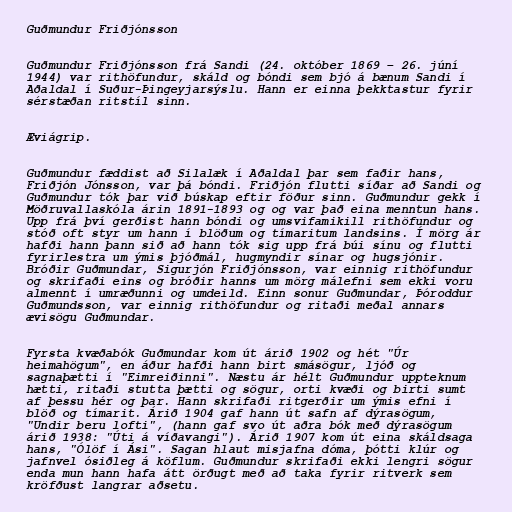
Guðmundur Friðjónsson

Guðmundur Friðjónsson frá Sandi (24. október 1869 – 26. júní
1944) var rithöfundur, skáld og bóndi sem bjó á bænum Sandi í
Aðaldal í Suður-Þingeyjarsýslu. Hann er einna þekktastur fyrir
sérstæðan ritstíl sinn.

Æviágrip.

Guðmundur fæddist að Silalæk í Aðaldal þar sem faðir hans,
Friðjón Jónsson, var þá bóndi. Friðjón flutti síðar að Sandi og
Guðmundur tók þar við búskap eftir föður sinn. Guðmundur gekk í
Möðruvallaskóla árin 1891-1893 og og var það eina menntun hans.
Upp frá því gerðist hann bóndi og umsvifamikill rithöfundur og
stóð oft styr um hann í blöðum og tímaritum landsins. Í mörg ár
hafði hann þann sið að hann tók sig upp frá búi sínu og flutti
fyrirlestra um ýmis þjóðmál, hugmyndir sínar og hugsjónir.
Bróðir Guðmundar, Sigurjón Friðjónsson, var einnig rithöfundur
og skrifaði eins og bróðir hanns um mörg málefni sem ekki voru
almennt í umræðunni og umdeild. Einn sonur Guðmundar, Þóroddur
Guðmundsson, var einnig rithöfundur og ritaði meðal annars
ævisögu Guðmundar.

Fyrsta kvæðabók Guðmundar kom út árið 1902 og hét "Úr
heimahögum", en áður hafði hann birt smásögur, ljóð og
sagnaþætti í "Eimreiðinni". Næstu ár hélt Guðmundur uppteknum
hætti, ritaði stutta þætti og sögur, orti kvæði og birti sumt
af þessu hér og þar. Hann skrifaði ritgerðir um ýmis efni í
blöð og tímarit. Árið 1904 gaf hann út safn af dýrasögum,
"Undir beru lofti", (hann gaf svo út aðra bók með dýrasögum
árið 1938: "Úti á víðavangi"). Árið 1907 kom út eina skáldsaga
hans, "Ólöf í Ási". Sagan hlaut misjafna dóma, þótti klúr og
jafnvel ósiðleg á köflum. Guðmundur skrifaði ekki lengri sögur
enda mun hann hafa átt örðugt með að taka fyrir ritverk sem
kröfðust langrar aðsetu.